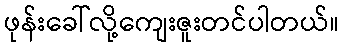
ဖုန်းခေါ်လို့ကျေးဇူးတင်ပါတယ်။